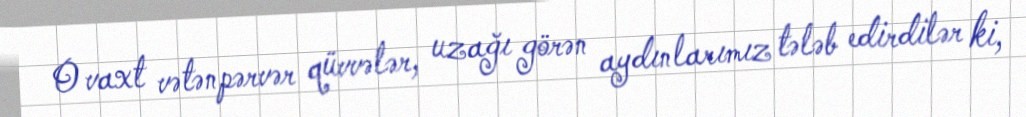
O vaxt vətənpərvər qüvvələr, uzağı görən aydınlarımız tələb edirdilər ki,